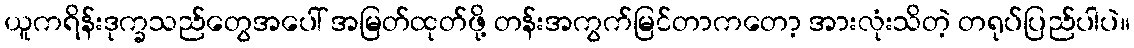
ယူကရိန်းဒုက္ခသည်တွေအပေါ် အမြတ်ထုတ်ဖို့ တန်းအကွက်မြင်တာကတော့ အားလုံးသိတဲ့ တရုပ်ပြည်ပါပဲ။